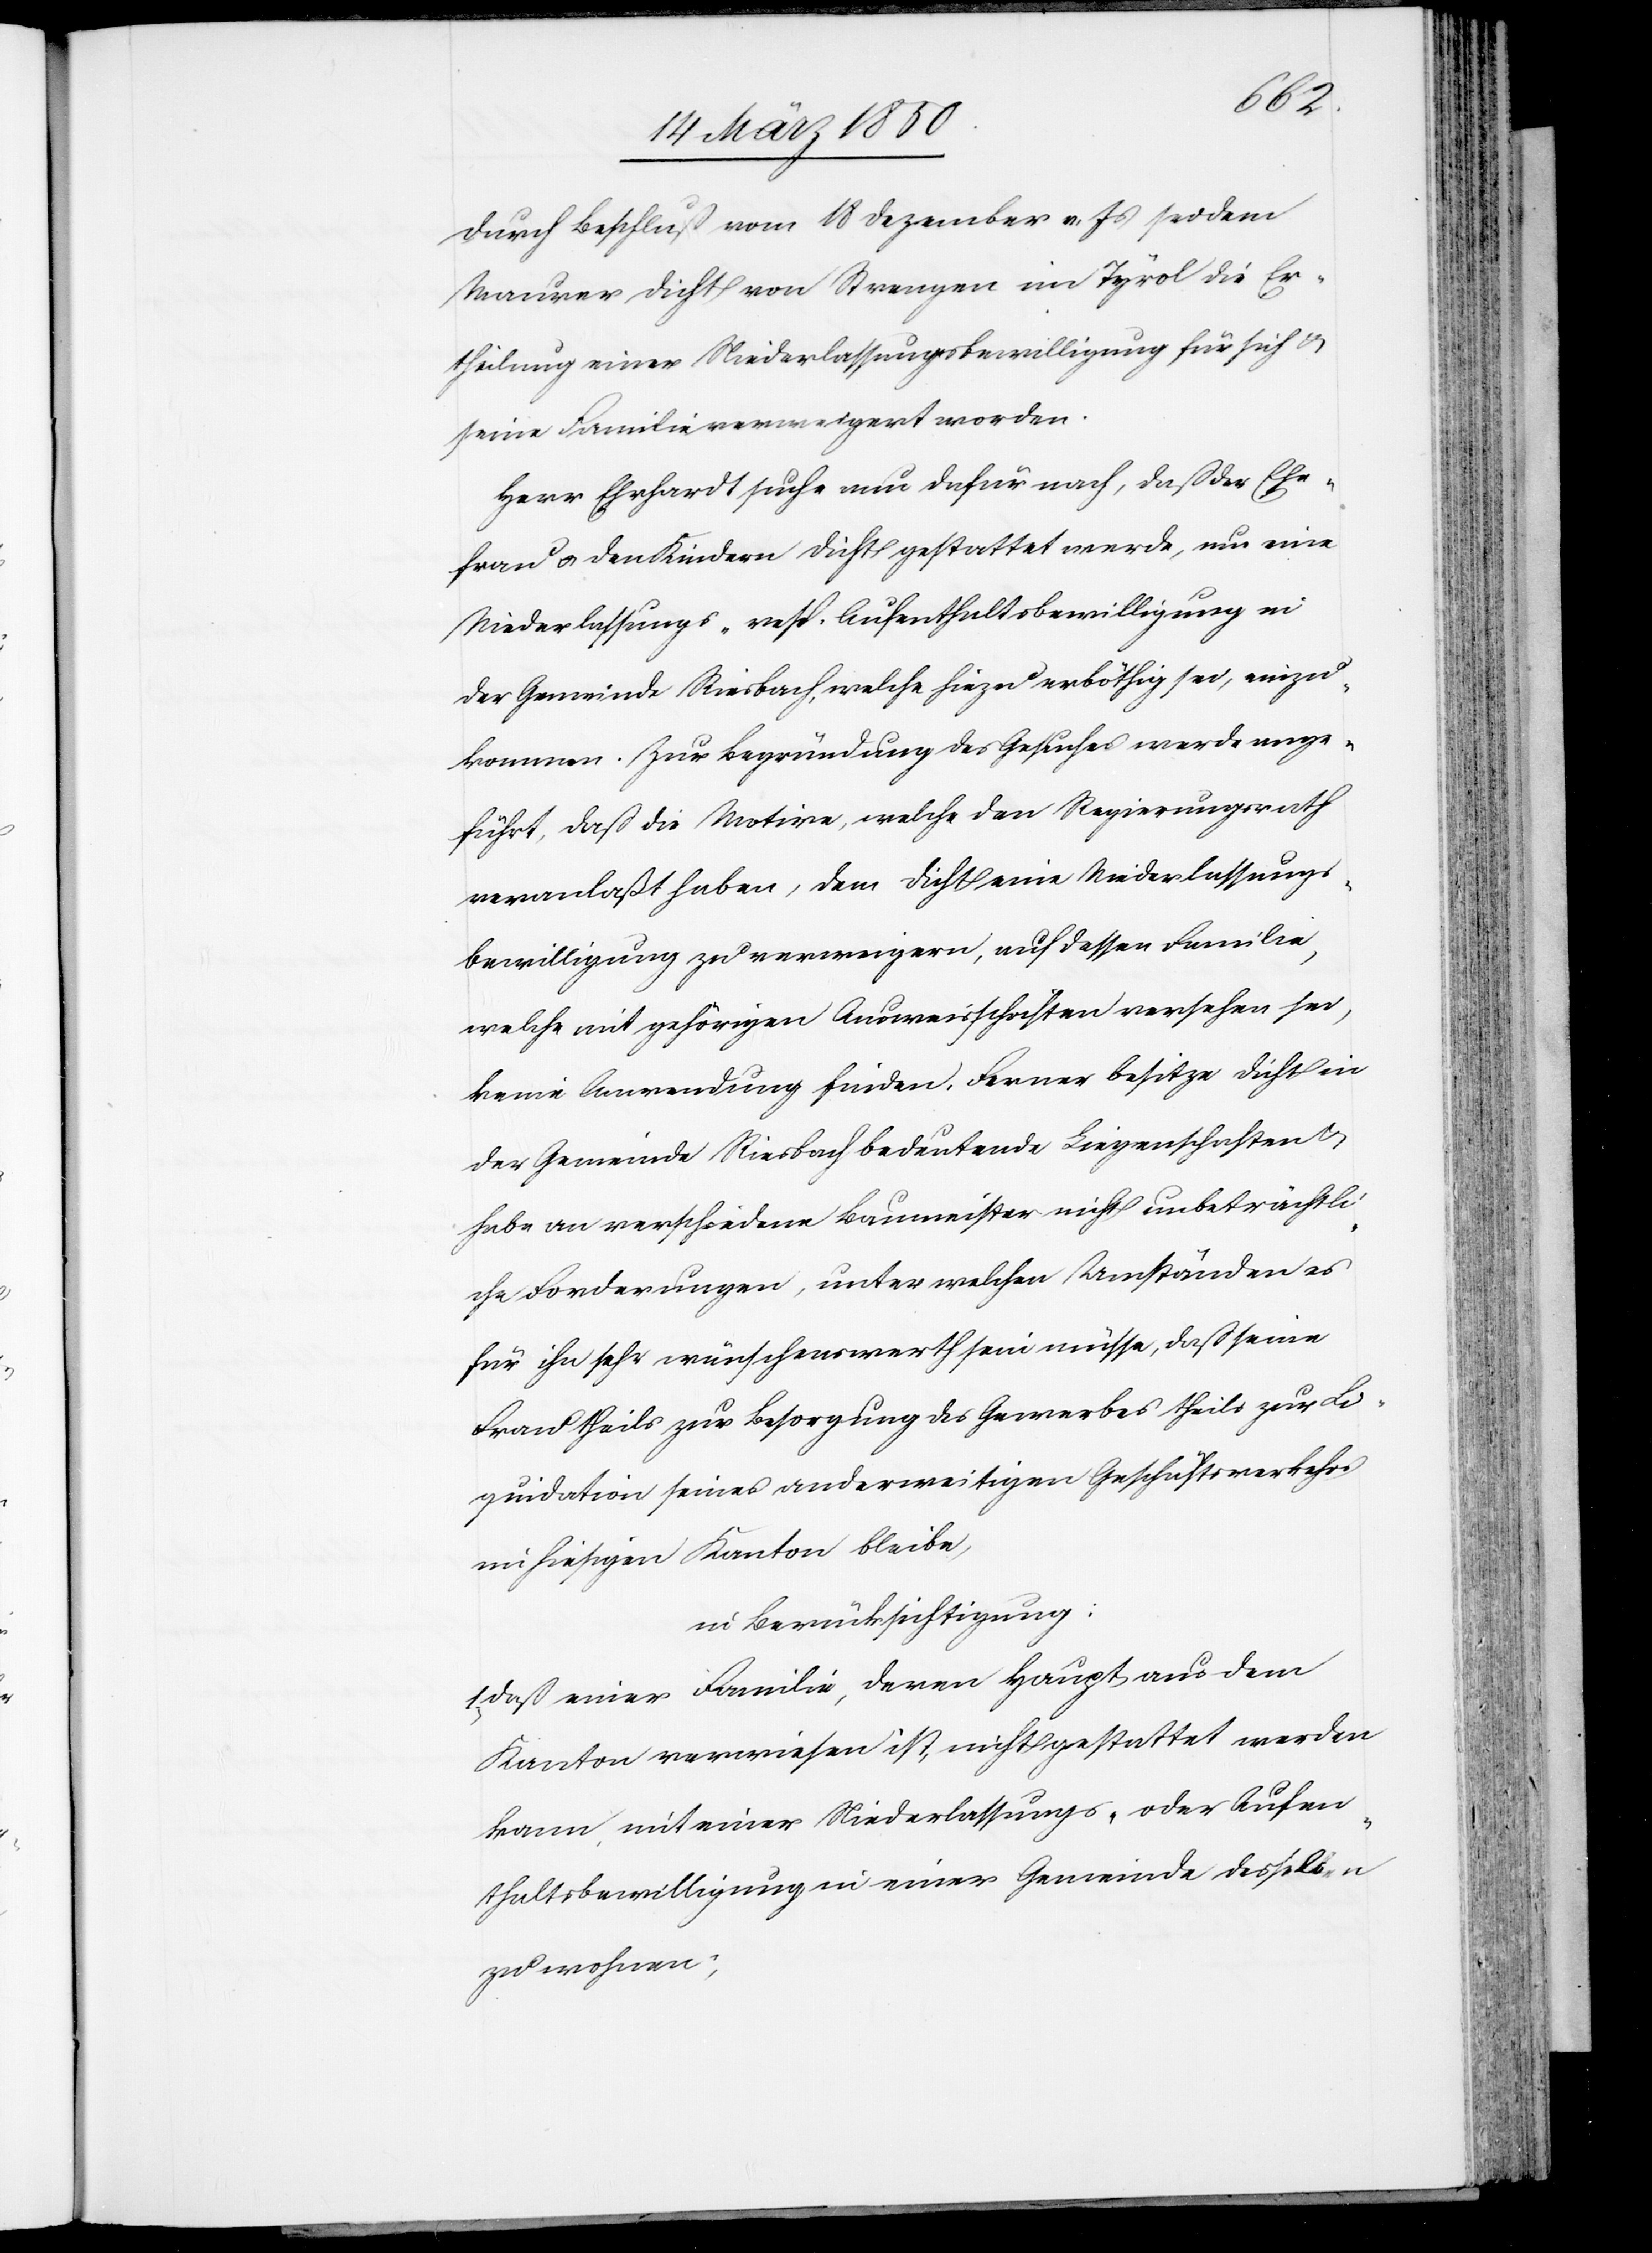
Durch Beschluß vom 18 Dezember v. Js sei dem
Maurer Dicht von Strengen im Tyrol die Er¬
theilung einer Niederlassungsbewilligung für sich u.
seine Familie verweigert worden.
Herr Ehrhardt suche nun dafür nach, daß der Ehe¬
frau u. den Kindern Dicht gestattet werde, um eine
Niederlassungs- resp. Aufenthaltsbewilligung in
der Gemeinde Riesbach, welche hiezu erböthig sei, einzu¬
kommen. Zur Begründung des Gesuches werde ange¬
führt, daß die Motive, welche den Regierungsrath
veranlaßt haben, dem Dicht eine Niederlassungs¬
bewilligung zu verweigern, auf dessen Familie,
welche mit gehörigen Ausweisschriften versehen sei,
keine Anwendung finden. Ferner besitze Dicht in
der Gemeinde Riesbach bedeutende Liegenschaften u.
habe an verschiedene Baumeister nicht unbeträchtli¬
che Forderungen, unter welchen Umständen es
für ihn sehr wünschenswerth sein müsse, daß seine
Frau theils zur Besorgung des Gewerbes theils zur Li¬
quidation seines anderweitigen Geschäftsverkehrs
im hiesigen Kanton bleibe,
in Berücksichtigung:
Daß einer Familie, deren Haupt aus dem
Kanton verwiesen ist, nicht gestattet werden
kann, mit einer Niederlassungs- oder Aufen¬
thaltsbewilligung in einer Gemeinde desselben
zu wohnen;